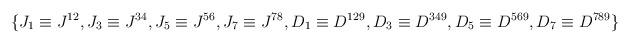
LaTeX: \begin{align*}\{ J_1 \equiv J^{12}, J_3 \equiv J^{34}, J_5 \equiv J^{56}, J_7 \equiv J^{78}, D_1 \equiv D^{129}, D_3 \equiv D^{349}, D_5 \equiv D^{569}, D_7 \equiv D^{789} \}\end{align*}